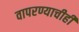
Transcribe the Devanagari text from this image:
वापरण्याचीही